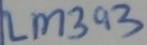
Text: LM393